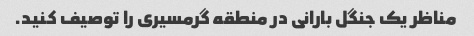
مناظر یک جنگل بارانی در منطقه گرمسیری را توصیف کنید.